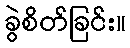
ခွဲစိတ်ခြင်း။